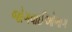
જોગવાઈઓભાગ